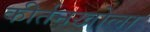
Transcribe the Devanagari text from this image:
कीर्तनखोला